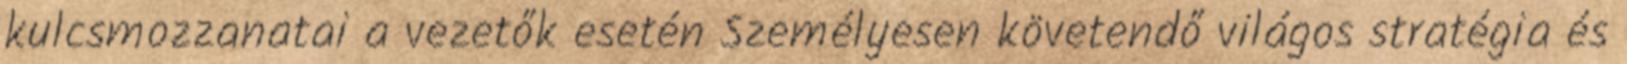
kulcsmozzanatai a vezetők esetén Személyesen követendő világos stratégia és